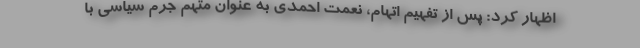
اظهار کرد: پس از تفهیم اتهام، نعمت احمدی به عنوان متهم جرم سیاسی با